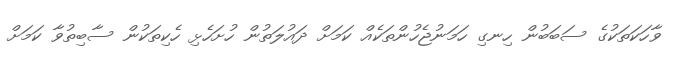
ވާހަކަތަކުގެ ސަބަބުން ހިނގި ހަމަނުޖެހުންތަކެއް ކަމަށް ދައުލަތުން ހުށަހެޅި ހެކިތަކުން ސާބިތުވާ ކަމަށް